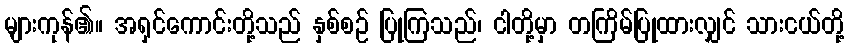
များကုန်၏။ အရှင်ကောင်းတို့သည် နှစ်စဉ် ပြုကြသည်၊ ငါတို့မှာ တကြိမ်ပြုထားလျှင် သားငယ်တို့